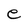
Character: e